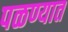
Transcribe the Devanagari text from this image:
पळण्यात